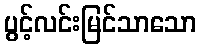
ပွင့်လင်းမြင်သာသော